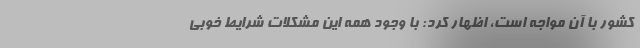
کشور با آن مواجه است، اظهار کرد: با وجود همه این مشکلات شرایط خوبی